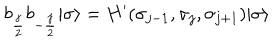
LaTeX: b _ { { \frac { j } { 2 } } } b _ { - { \frac { j } { 2 } } } | \sigma \rangle = H ^ { \prime } ( \sigma _ { j - 1 } , \sigma _ { j } , \sigma _ { j + 1 } ) | \sigma \rangle